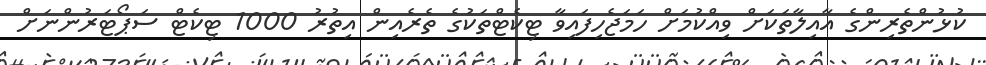
ކުޅުންތެރިންގެ އާއިލާތަކަށް ވިއްކުމަށް ހަމަޖެހިފައިވާ ޓިކެޓްތަކުގެ ތެރެއިން އިތުރު 1000 ޓިކެޓް ސަޕޯޓަރުންނަށް